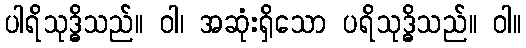
ပါရိသုဒ္ဓိသည်။ ဝါ၊ အဆုံးရှိသော ပရိသုဒ္ဓိသည်။ ဝါ။